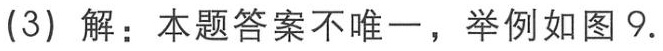
(3) 解：本题答案不唯一，举例如图9.